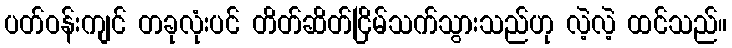
ပတ်ဝန်းကျင် တခုလုံးပင် တိတ်ဆိတ်ငြိမ်သက်သွားသည်ဟု လဲ့လဲ့ ထင်သည်။